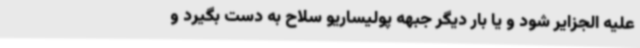
علیه الجزایر شود و یا بار دیگر جبهه پولیساریو سلاح به دست بگیرد و